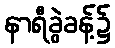
နာရီခွဲခန့်၌